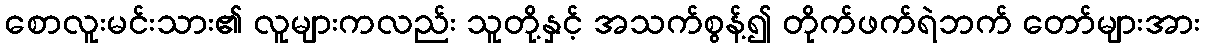
စောလူးမင်းသား၏ လူများကလည်း သူတို့နှင့် အသက်စွန့်၍ တိုက်ဖက်ရဲဘက် တော်များအား